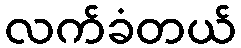
လက်ခံတယ်